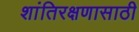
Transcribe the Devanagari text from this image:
शांतिरक्षणासाठी